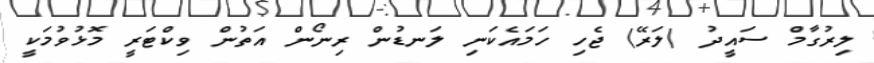
ލިރުގާމް ސައީދު (ލަރޭ) ޖެހި ހަމައެކަނި ލަނޑުން ރިނޯން އަތުން ވިކްޓަރީ މޮޅުވުމަކީ